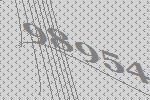
98954